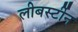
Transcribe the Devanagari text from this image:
लीबर्स्टीन